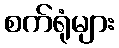
စက်ရုံများ